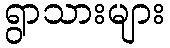
ရွာသားများ